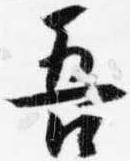
吾